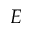
E